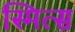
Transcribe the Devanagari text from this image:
स्मित्स